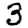
Digit: 3